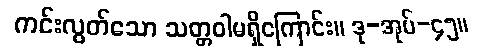
ကင်းလွတ်သော သတ္တဝါမရှိကြောင်း။ ဒု-အုပ်-၄၅။